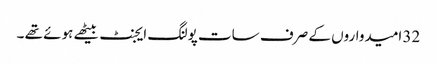
32 امیدواروں کے صرف سات پولنگ ایجنٹ بیٹھے ہوئے تھے ۔